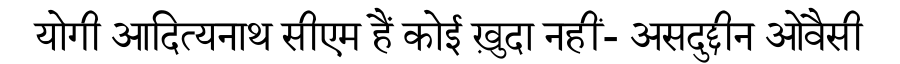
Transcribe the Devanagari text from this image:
योगी आदित्यनाथ सीएम हैं कोई ख़ुदा नहीं- असदुद्दीन ओवैसी